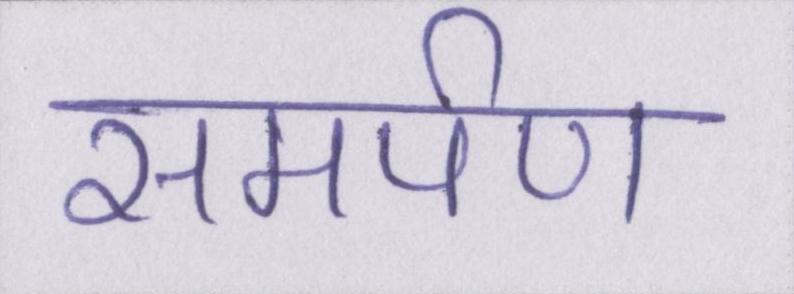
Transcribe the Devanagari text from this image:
समर्पण